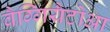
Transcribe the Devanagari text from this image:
बैग्गियैटोआ